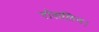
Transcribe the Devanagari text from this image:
रोसलिन।